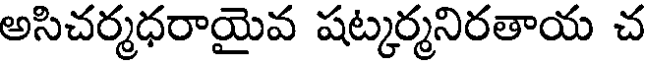
అసిచర్మధరాయైవ షట్కర్మనిరతాయ చ